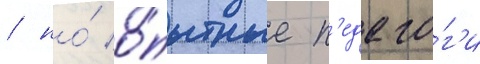
/ но́ о́пытные п'едаго́г'и